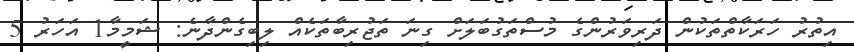
އިތުރު ހަރަކާތްތަކުން ދަރިވަރުންގެ މުސްތަގުބަލަށް ގިނަ ތަޖުރިބާތަކެއް ލިބިގެންދާނެ: ޝަމީމާ1 އަހަރު 5